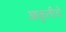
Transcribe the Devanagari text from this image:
आकृतीचे